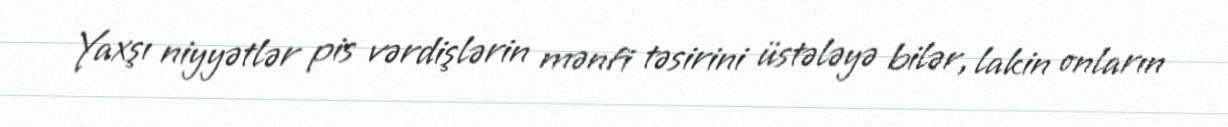
Yaxşı niyyətlər pis vərdişlərin mənfi təsirini üstələyə bilər, lakin onların